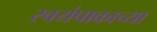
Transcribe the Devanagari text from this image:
स्वयंपाकाच्या